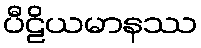
ပီဠိယမာနဿ